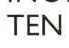
TEN